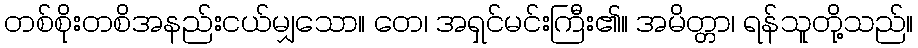
တစ်စိုးတစိအနည်းငယ်မျှသော။ တေ၊ အရှင်မင်းကြီး၏။ အမိတ္တာ၊ ရန်သူတို့သည်။